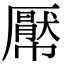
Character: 𢅠